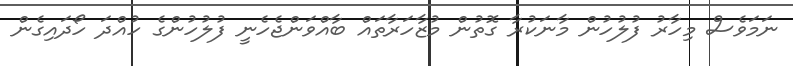
ނަމަވެސް މިހާރު ފުލުހުން މާނަކުރާ ގޮތުން މުޒާހަރާތައް ބާއްވަންޖެހެނީ ފުލުހުންގެ ހުއްދަ ހޯދައިގެން